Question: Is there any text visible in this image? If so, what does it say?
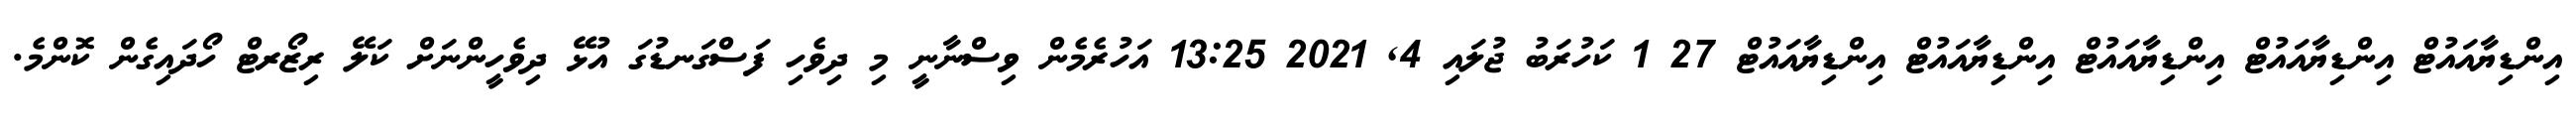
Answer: އިންޑިޔާއައުޓް އިންޑިޔާއައުޓް އިންޑިޔާއައުޓް އިންޑިޔާއައުޓް އިންޑިޔާއައުޓް 27 1 ކަހުރަބު ޖުލައި 4, 2021 13:25 އަހުރެމެން ވިސްނާނީ މި ދިވެހި ފަސްގަނޑުގަ އުޅޭ ދިވެހީންނަށް ކަލޭ ރިޒޯރޓް ހޯދައިގެން ކޮންމެ.